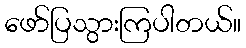
ဖော်ပြသွားကြပါတယ်။